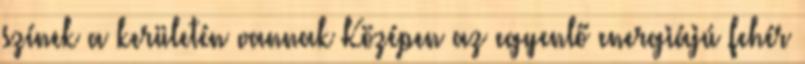
színek a kerületén vannak Középen az egyenlő energiájú fehér